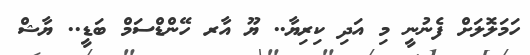
ހަމަލޮލަށް ފެނުނީ މި އަދި ކިރިޔާ.. ޔޫ އާރ ހޭންޑްސަމް ބަޑީ.. ޔާޝް